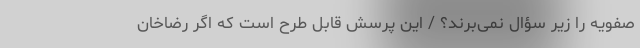
صفویه را زیر سؤال نمی‌برند؟ / این پرسش قابل طرح است که اگر رضاخان